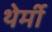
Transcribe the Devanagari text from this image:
थेर्मी